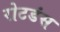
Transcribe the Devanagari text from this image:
रोटडंस